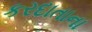
કરદાતાના